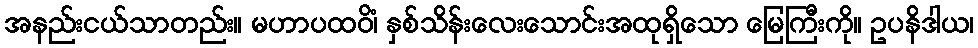
အနည်းငယ်သာတည်း။ မဟာပထဝိံ၊ နှစ်သိန်းလေးသောင်းအထုရှိသော မြေကြီးကို။ ဥပနိဒါယ၊